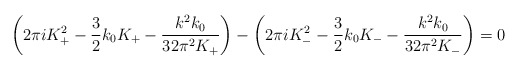
\begin{align*}\left(2\pi i K_+^2-\frac 3 2 k_0 K_+ -\frac{k^2 k_0}{32\pi^2 K_+}\right)-\left(2\pi i K_-^2-\frac 3 2 k_0 K_- -\frac{k^2 k_0}{32\pi^2 K_-}\right)=0\end{align*}